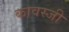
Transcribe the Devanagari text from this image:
कावस्जी